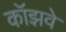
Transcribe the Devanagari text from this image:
कॉझवे